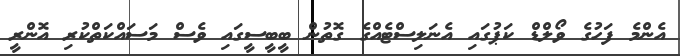
އެންމެ ފަހުގެ ވޯލްޑް ކަޕުގައި އެނަލިސްޓެއްގެ ގޮތުން ބީބީސީގައި ވެސް މަސައްކަތްކުރި އޮންރީ